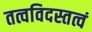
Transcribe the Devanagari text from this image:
तत्वविदस्तत्वं